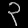
Digit: ၃